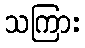
သကြား